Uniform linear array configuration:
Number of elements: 8
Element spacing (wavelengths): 1
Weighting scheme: hann
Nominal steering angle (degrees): -15
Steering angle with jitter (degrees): -16.221
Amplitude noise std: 0.05
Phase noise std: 0.05

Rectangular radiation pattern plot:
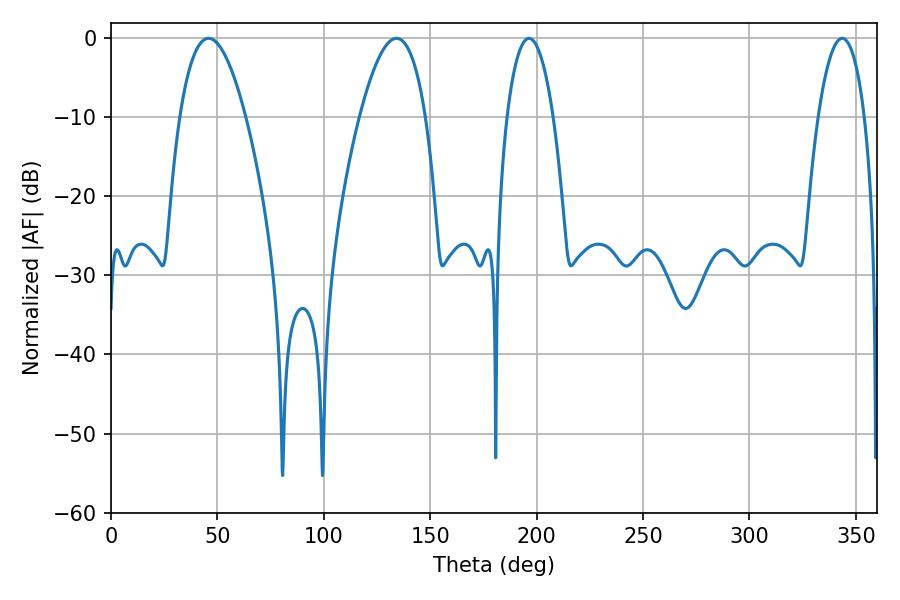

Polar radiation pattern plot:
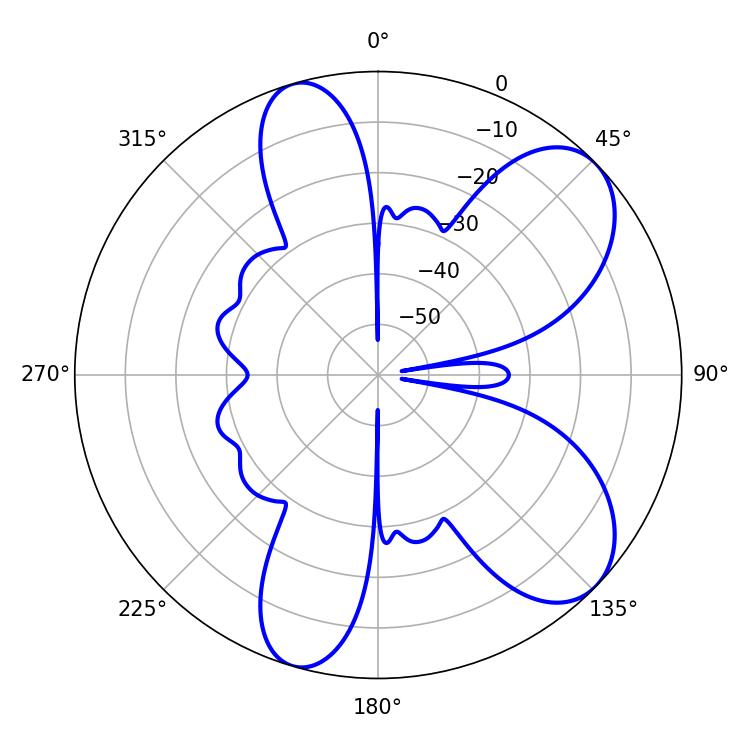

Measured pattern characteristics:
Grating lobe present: TRUE
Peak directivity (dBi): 7.811
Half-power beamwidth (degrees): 12.24
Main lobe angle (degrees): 196.38